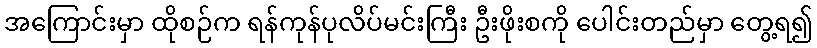
အကြောင်းမှာ ထိုစဉ်က ရန်ကုန်ပုလိပ်မင်းကြီး ဦးဖိုးစကို ပေါင်းတည်မှာ တွေ့ရ၍